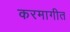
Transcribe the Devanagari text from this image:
करमागीत